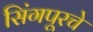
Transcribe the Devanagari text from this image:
सिंगपूरचे